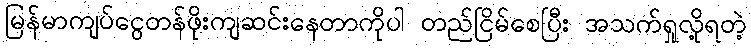
မြန်မာကျပ်ငွေတန်ဖိုးကျဆင်းနေတာကိုပါ တည်ငြိမ်စေပြီး အသက်ရှုလို့ရတဲ့